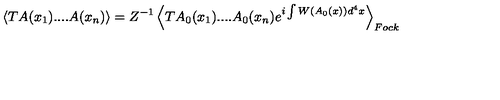
\left\langle T A ( x _ { 1 } ) . . . . A ( x _ { n } ) \right\rangle = Z ^ { - 1 } \left\langle T A _ { 0 } ( x _ { 1 } ) . . . . A _ { 0 } ( x _ { n } ) e ^ { i \int W ( A _ { 0 } ( x ) ) d ^ { 4 } x } \right\rangle _ { F o c k }